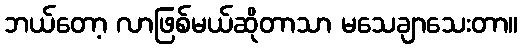
ဘယ်တော့ လာဖြစ်မယ်ဆိုတာသာ မသေချာသေးတာ။